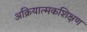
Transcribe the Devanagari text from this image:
अक्रियात्मकशिक्षण